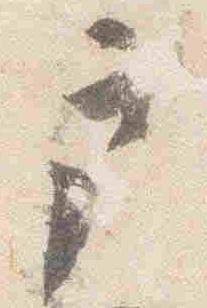
戸